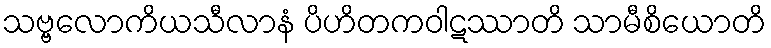
သဗ္ဗလောကိယသီလာနံ ပိဟိတကဝါဋဿာတိ သာမီစိယောတိ